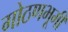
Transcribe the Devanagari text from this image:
गोठणभूमी